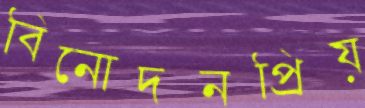
বিনোদনপ্রিয়